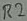
Text: R2